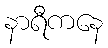
နာရီကနေ